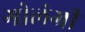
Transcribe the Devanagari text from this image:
गोलंग्री